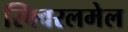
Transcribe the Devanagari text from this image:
स्क्विरलमेल